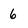
Character: 6